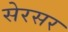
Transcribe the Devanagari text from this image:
सेरसर